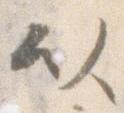
以